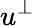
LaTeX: u^{\perp}